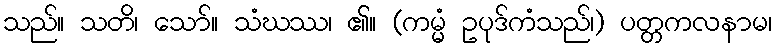
သည်။ သတိ၊ သော်။ သံဃဿ၊ ၏။ (ကမ္မံ ဥပုဒ်ကံသည်၊) ပတ္တကလနာမ၊